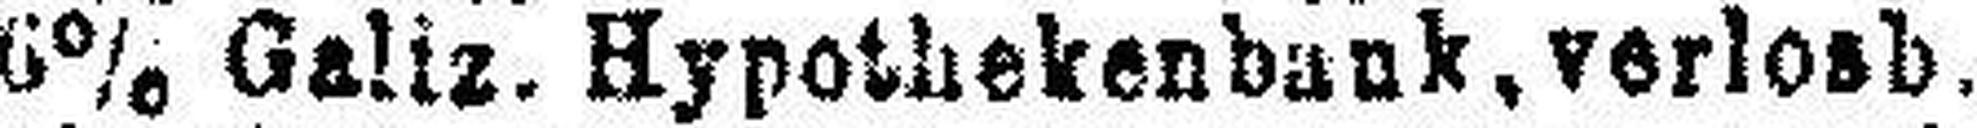
6% Galiz. Hypothekenbank, verlosb.